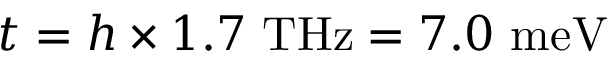
t = h \times 1 . 7 ~ \mathrm { T H z } = 7 . 0 ~ \mathrm { m e V }